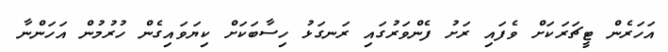
އަހަރެން ޓީޗަރަކަށް ވެފައި ރަށު ފެންވަރުގައި ރަނގަޅު ހިސާބަކަށް ކިޔަވައިގެން ހުރުމުން އަހަންނާ